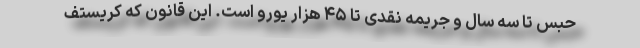
حبس تا سه سال و جریمه نقدی تا ۴۵ هزار یورو است. این قانون که کریستف